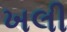
ખલી